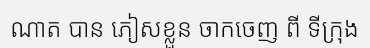
ណាត បាន ភៀសខ្លួន ចាកចេញ ពី ទីក្រុង